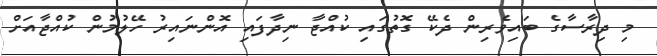
މި ދިރާސާގެ ބައިވެރިން ދެކޭ ގޮތުގައި ކުއްޖާ ނިދާފައި އޮންނައިރު ހޭލުމުން ކުއްޖާއަށް